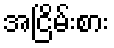
အငြိမ်းစား